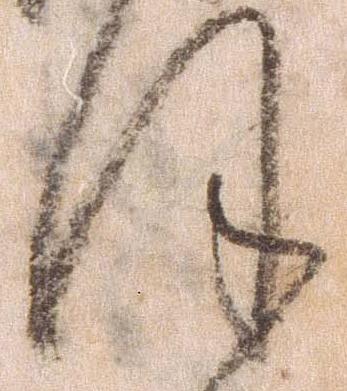
ほ